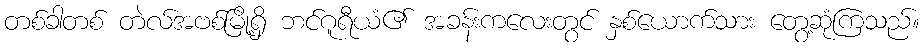
တစ်ခါတစ် တဲလ်အဗစ်မြို့ရှိ ဘင်ဂူရီယံ၏ အခန်းကလေးတွင် နှစ်ယောက်သား တွေ့ဆုံကြသည်။